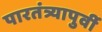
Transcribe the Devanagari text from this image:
पारतंत्र्यापुर्वी